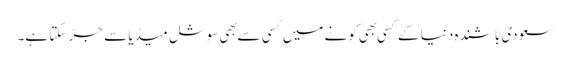
سعودی باشنده دنیا کے کسی بهی کونے میں کسی سے بهی سوشل میڈیا سے جڑ سکتا ہے۔